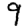
Digit: 9